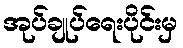
အုပ်ချုပ်ရေးပိုင်းမှ